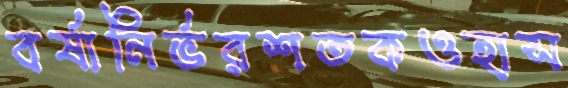
বর্ষানির্ভরশতকওহাস